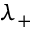
\lambda _ { + }